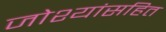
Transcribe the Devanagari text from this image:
जोश्यांसहित